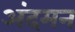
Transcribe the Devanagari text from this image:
अंदमन